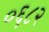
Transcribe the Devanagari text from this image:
०६८२